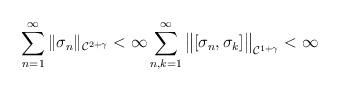
LaTeX: \begin{align*}\sum_{n = 1}^{\infty} \| \sigma_n \|_{\mathcal{C}^{2 + \gamma}} < \infty \sum_{n, k = 1}^{\infty} \big\| [\sigma_n, \sigma_k] \big\|_{\mathcal{C}^{1 + \gamma}} < \infty\end{align*}